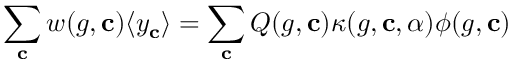
\sum _ { \mathbf { c } } w ( g , \mathbf { c } ) \langle y _ { \mathbf { c } } \rangle = \sum _ { \mathbf { c } } Q ( g , \mathbf { c } ) \kappa ( g , \mathbf { c } , \alpha ) \phi ( g , \mathbf { c } )